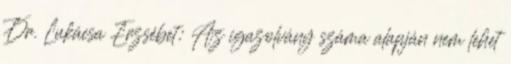
Dr. Lukácsa Erzsébet: Az igazolvány száma alapján nem lehet